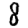
Digit: 8